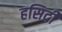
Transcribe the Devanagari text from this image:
हसिदी